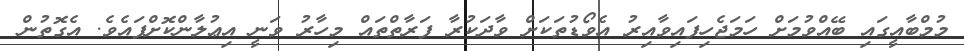
މުމްބާއީގައި ބޭއްވުމަށް ހަމަޖެހިފައިވާއިރު އެވޯޑުތަކަށް ވާދަކުރާ ފަރާތްތައް މިހާރު ވަނީ އިޢުލާންކޮށްފައެވެ. އެގޮތުން